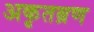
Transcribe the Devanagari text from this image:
अकृतब्रण